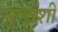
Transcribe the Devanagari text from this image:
मुलींशी